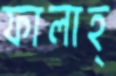
ফালাহ্